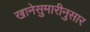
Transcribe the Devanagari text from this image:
खानेसुमारीनुसार